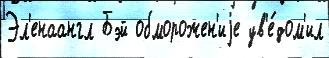
Эл'енаангл Бэй обморожен'иjе ув'е́дом'ил